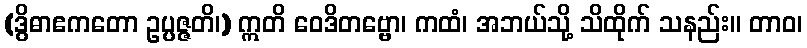
(ဒွိဓာဧကတော ဥပ္ပဇ္ဇတိ၊) ဣတိ ဝေဒိတဗ္ဗော၊ ကထံ၊ အဘယ်သို့ သိထိုက် သနည်း။ တာဝ၊